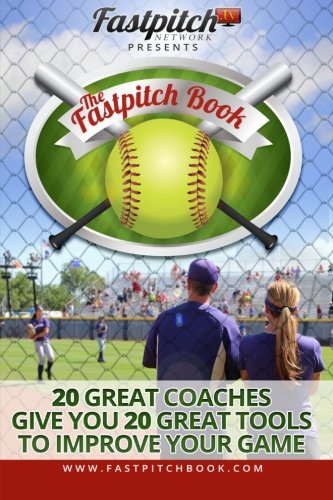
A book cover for The Fastpitch Book: 20 Great Coaches Give You 20 Great Tools To Improve Your Game; Gary A Leland; Sports & Outdoors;